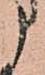
う